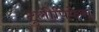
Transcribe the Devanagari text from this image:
टुलीपिफेरा